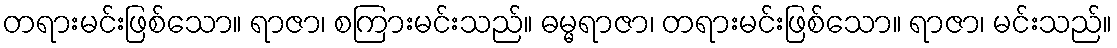
တရားမင်းဖြစ်သော။ ရာဇာ၊ စကြားမင်းသည်။ ဓမ္မရာဇာ၊ တရားမင်းဖြစ်သော။ ရာဇာ၊ မင်းသည်။